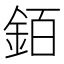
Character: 銆